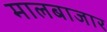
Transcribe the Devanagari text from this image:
मालबाजार